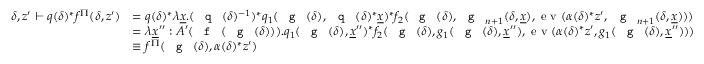
\begin{array} { r l } { \delta , z ^ { \prime } \vdash q ( \delta ) ^ { * } f ^ { \Pi } ( \delta , z ^ { \prime } ) } & { = q ( \delta ) ^ { * } \lambda \underline { { x } } . ( \textnormal { \texttt { q } } ( \delta ) ^ { - 1 } ) ^ { * } q _ { 1 } ( \textnormal { \texttt { g } } ( \delta ) , \textnormal { \texttt { q } } ( \delta ) ^ { * } \underline { { x } } ) ^ { * } f _ { 2 } ( \textnormal { \texttt { g } } ( \delta ) , \textnormal { \texttt { g } } _ { n + 1 } ( \delta , \underline { { x } } ) , \textnormal { e v } ( \alpha ( \delta ) ^ { * } z ^ { \prime } , \textnormal { \texttt { g } } _ { n + 1 } ( \delta , \underline { { x } } ) ) ) } \\ & { = \lambda \underline { { x } } ^ { \prime \prime } : A ^ { \prime } ( \textnormal { \texttt { f } } ( \textnormal { \texttt { g } } ( \delta ) ) ) . q _ { 1 } ( \textnormal { \texttt { g } } ( \delta ) , \underline { { x } } ^ { \prime \prime } ) ^ { * } f _ { 2 } ( \textnormal { \texttt { g } } ( \delta ) , g _ { 1 } ( \textnormal { \texttt { g } } ( \delta ) , \underline { { x } } ^ { \prime \prime } ) , \textnormal { e v } ( \alpha ( \delta ) ^ { * } z ^ { \prime } , g _ { 1 } ( \textnormal { \texttt { g } } ( \delta ) , \underline { { x } } ^ { \prime \prime } ) ) ) } \\ & { \equiv f ^ { \Pi } ( \textnormal { \texttt { g } } ( \delta ) , \alpha ( \delta ) ^ { * } z ^ { \prime } ) } \end{array}